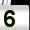
Digit: 5